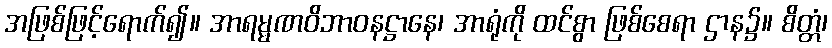
အဖြစ်ဖြင့်ရောက်၍။ အာရမ္မဏဝိဘာဝနဋ္ဌာနေ၊ အာရုံကို ထင်စွာ ဖြစ်စေရာ ဌာန၌။ စိတ္တံ၊